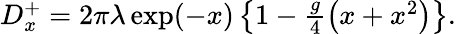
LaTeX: \begin{array}{r}{D_{x}^{+}=2\pi\lambda\exp(-x)\left\{ 1-\frac{g}{4}\left(x+x^{2}\right)\right\} .}\end{array}